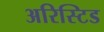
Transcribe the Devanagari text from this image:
अरिस्टिड